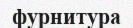
фурнитура